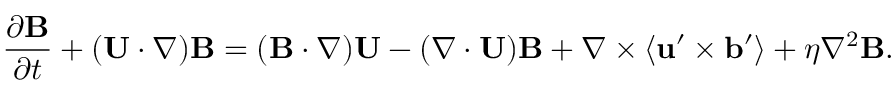
\frac { \partial { \bf { B } } } { \partial t } + ( { \bf { U } } \cdot \nabla ) { \bf { B } } = ( { \bf { B } } \cdot \nabla ) { \bf { U } } - ( \nabla \cdot { \bf { U } } ) { \bf { B } } + \nabla \times \langle { { \bf { u } } ^ { \prime } \times { \bf { b } } ^ { \prime } } \rangle + \eta \nabla ^ { 2 } { \bf { B } } .